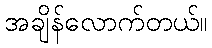
အချိန်လောက်တယ်။